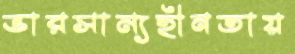
ভারসাম্যহীনতায়